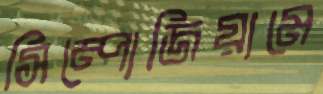
সিম্পোজিয়ামে